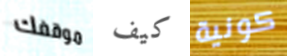
موقفك كيف كونية